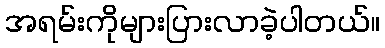
အရမ်းကိုများပြားလာခဲ့ပါတယ်။